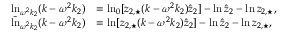
\begin{array} { r l } { \ln _ { \omega ^ { 2 } k _ { 2 } } ( k - \omega ^ { 2 } k _ { 2 } ) } & { = \ln _ { 0 } [ z _ { 2 , \star } ( k - \omega ^ { 2 } k _ { 2 } ) \hat { z } _ { 2 } ] - \ln \hat { z } _ { 2 } - \ln z _ { 2 , \star } , } \\ { \tilde { \ln } _ { \omega ^ { 2 } k _ { 2 } } ( k - \omega ^ { 2 } k _ { 2 } ) } & { = \ln [ z _ { 2 , \star } ( k - \omega ^ { 2 } k _ { 2 } ) \hat { z } _ { 2 } ] - \ln \hat { z } _ { 2 } - \ln z _ { 2 , \star } , } \end{array}